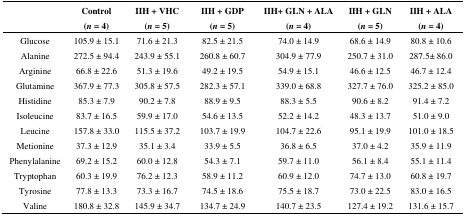
<table><thead><tr><td></td><td><b>Control (<i>n</i> = 4)</b></td><td><b>IIH + VHC (<i>n</i> = 5)</b></td><td><b>IIH + GDP (<i>n</i> = 5)</b></td><td><b>IIH+ GLN + ALA (<i>n</i> = 4)</b></td><td><b>IIH + GLN (<i>n</i> = 5)</b></td><td><b>IIH + ALA (<i>n</i> = 4)</b></td></tr></thead><tbody><tr><td>Glucose</td><td>105.9 ± 15.1</td><td>71.6 ± 21.3</td><td>82.5 ± 21.5</td><td>74.0 ± 14.9</td><td>68.6 ± 14.9</td><td>80.8 ± 10.6</td></tr><tr><td>Alanine</td><td>272.5 ± 94.4</td><td>243.9 ± 55.1</td><td>260.8 ± 60.7</td><td>304.9 ± 77.9</td><td>250.7 ± 31.0</td><td>287.5± 86.0</td></tr><tr><td>Arginine</td><td>66.8 ± 22.6</td><td>51.3 ± 19.6</td><td>49.2 ± 19.5</td><td>54.9 ± 15.1</td><td>46.6 ± 12.5</td><td>46.7 ± 12.4</td></tr><tr><td>Glutamine</td><td>367.9 ± 77.3</td><td>305.8 ± 57.5</td><td>282.3 ± 57.1</td><td>339.0 ± 68.8</td><td>327.7 ± 76.0</td><td>325.2 ± 85.0</td></tr><tr><td>Histidine</td><td>85.3 ± 7.9</td><td>90.2 ± 7.8</td><td>88.9 ± 9.5</td><td>88.3 ± 5.5</td><td>90.6 ± 8.2</td><td>91.4 ± 7.2</td></tr><tr><td>Isoleucine</td><td>83.7 ± 16.5</td><td>59.9 ± 17.0</td><td>54.6 ± 13.5</td><td>52.2 ± 14.2</td><td>48.3 ± 13.7</td><td>51.0 ± 9.0</td></tr><tr><td>Leucine</td><td>157.8 ± 33.0</td><td>115.5 ± 37.2</td><td>103.7 ± 19.9</td><td>104.7 ± 22.6</td><td>95.1 ± 19.9</td><td>101.0 ± 18.5</td></tr><tr><td>Metionine</td><td>37.3 ± 12.9</td><td>35.1 ± 3.4</td><td>33.9 ± 5.5</td><td>36.8 ± 6.5</td><td>37.0 ± 4.2</td><td>35.9 ± 11.9</td></tr><tr><td>Phenylalanine</td><td>69.2 ± 15.2</td><td>60.0 ± 12.8</td><td>54.3 ± 7.1</td><td>59.7 ± 11.0</td><td>56.1 ± 8.4</td><td>55.1 ± 11.4</td></tr><tr><td>Tryptophan</td><td>60.3 ± 19.9</td><td>76.2 ± 12.3</td><td>58.9 ± 11.2</td><td>60.9 ± 12.0</td><td>74.7 ± 13.0</td><td>60.8 ± 19.7</td></tr><tr><td>Tyrosine</td><td>77.8 ± 13.3</td><td>73.3 ± 16.7</td><td>74.5 ± 18.6</td><td>75.5 ± 18.7</td><td>73.0 ± 22.5</td><td>83.0 ± 16.5</td></tr><tr><td>Valine</td><td>180.8 ± 32.8</td><td>145.9 ± 34.7</td><td>134.7 ± 24.9</td><td>140.7 ± 23.5</td><td>127.4 ± 19.2</td><td>131.6 ± 15.7</td></tr></tbody></table>